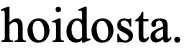
hoidosta.